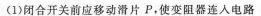
(1)闭合开关前应移动滑片P，使变阻器连入电路